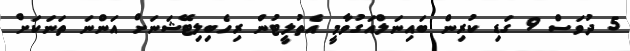
5 ދުވަސް 9 ގަޑި ކުރިން ބައިނަލްއަގުވާމީ އެތުލީޓުން ރިހެބިލިޓޭޝަނަށް އަންނަ ތަނަކަށް